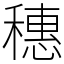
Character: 穗